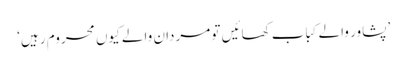
’پشاور والے کباب کھائیں تو مردان والے کیوں محروم رہیں‘